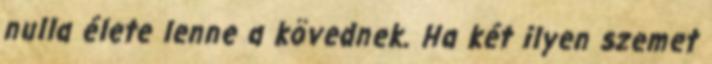
nulla élete lenne a kövednek. Ha két ilyen szemet